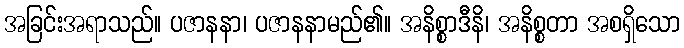
အခြင်းအရာသည်။ ပဇာနနာ၊ ပဇာနနာမည်၏။ အနိစ္စာဒီနိ၊ အနိစ္စတာ အစရှိသော